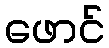
ဖောင်